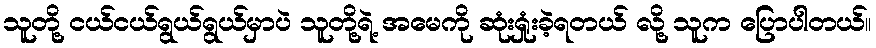
သူတို့ ငယ်ငယ်ရွယ်ရွယ်မှာပဲ သူတို့ရဲ့ အမေကို ဆုံးရှုံးခဲ့ရတယ် လို့ သူက ပြောပါတယ်။